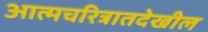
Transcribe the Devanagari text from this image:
आत्मचरित्रातदेखील